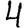
Digit: 4